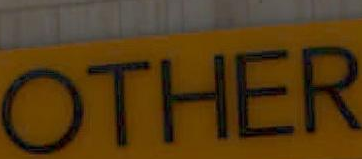
OTHER